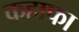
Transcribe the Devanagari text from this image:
कहाफा